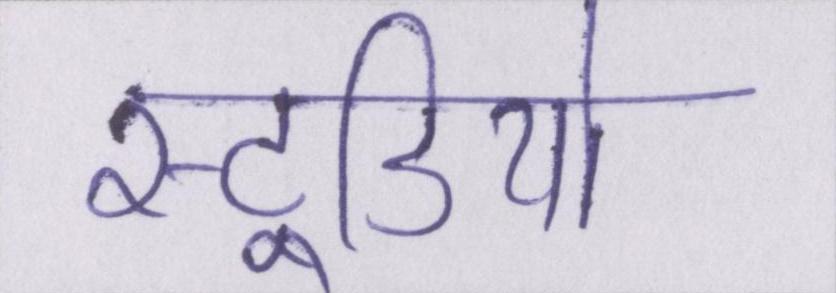
स्टूडियो